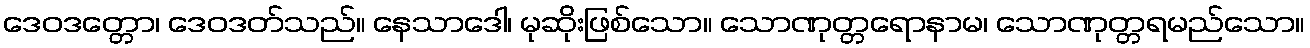
ဒေဝဒတ္တော၊ ဒေဝဒတ်သည်။ နေသာဒေါ၊ မုဆိုးဖြစ်သော။ သောဏုတ္တရောနာမ၊ သောဏုတ္တရမည်သော။